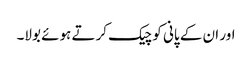
اور ان کے پانی کو چیک کرتے ہوئے بولا۔